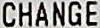
CHANGE